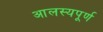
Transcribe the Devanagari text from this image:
आलस्यपूर्ण